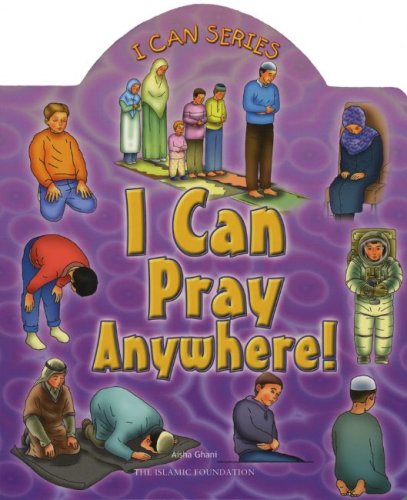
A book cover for I Can Pray Anywhere! (I Can Series); Aisha Ghani; Children's Books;